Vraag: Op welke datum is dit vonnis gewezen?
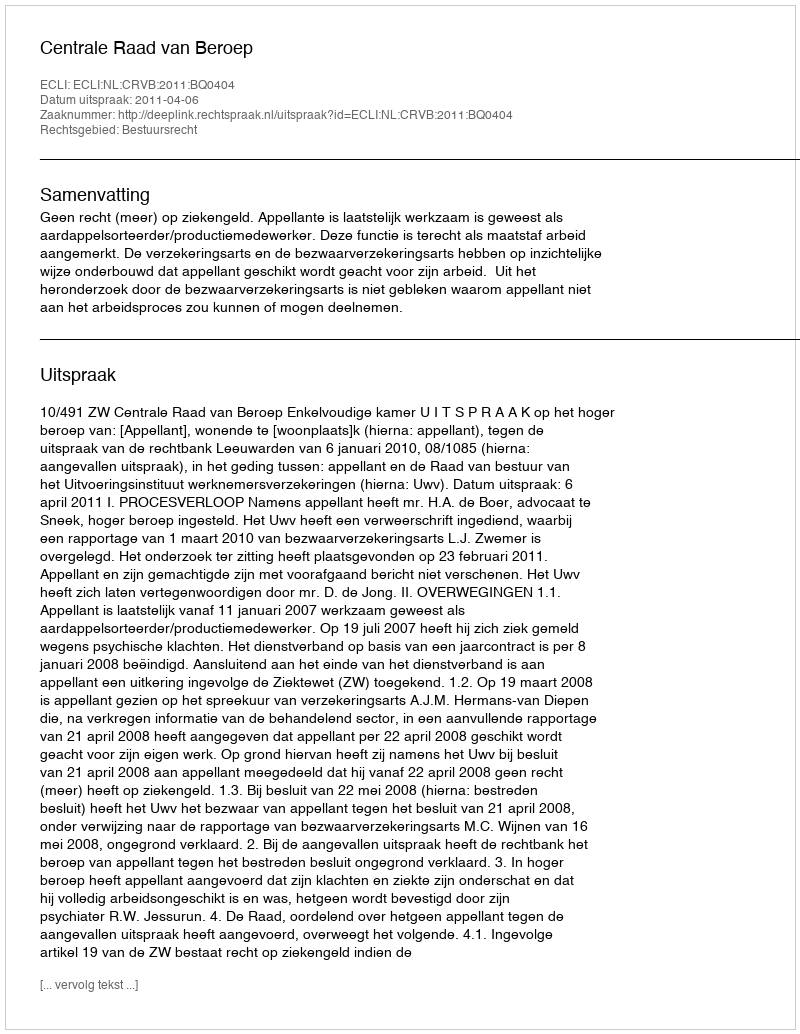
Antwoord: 2011-04-06